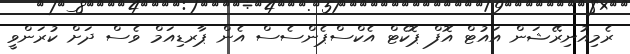
ރެމިއުނިރޭޝަން އައުޓް އޮފް ޕޮކެޓް އެކްސްޕެންސެސް އެން ޕާރޑިއަމް ވެސް ދަށް ކުރަންވީ